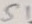
Text: S1